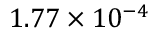
1 . 7 7 \times 1 0 ^ { - 4 }